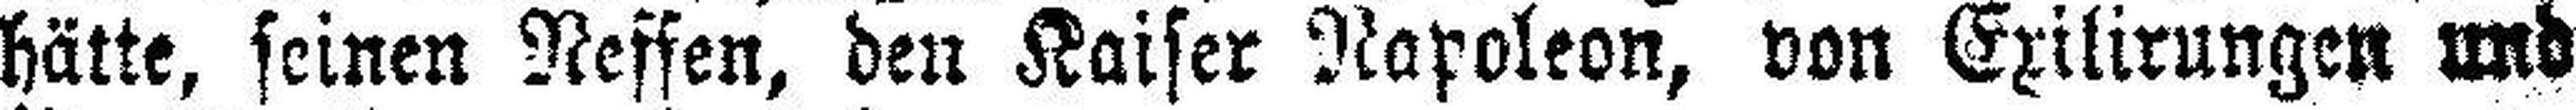
hätte, seinen Neffen, den Kaiser Napoleon, von Exilirungen und